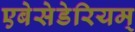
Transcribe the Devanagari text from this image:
एबेसेडेरियम्